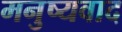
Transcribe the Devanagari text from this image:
मनुष्यवाद